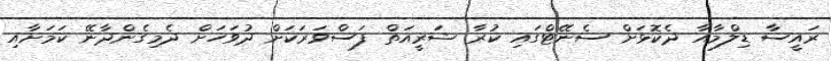
ރައީސާ ޑިލްމާއާ ދެކޮޅަށް ސެނޭޓްގައި ކުރާ ޝަރީއަތް ފަސްވަރަކަށް ދުވަހަށް ދެމިގެންދާނޭ ކަމަށާއި